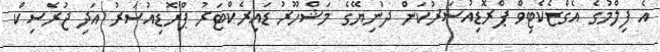
އެ ފިލްމުގެ އެގްޒެކެޓިވް ޕްރޮޑިއުސަރުކަން ދުނިޔޭގެ މަޝްހޫރު ޑައިރެކްޓަރު ޕްރޮޑިއުސަރު އަދި ޖުރެސިކް